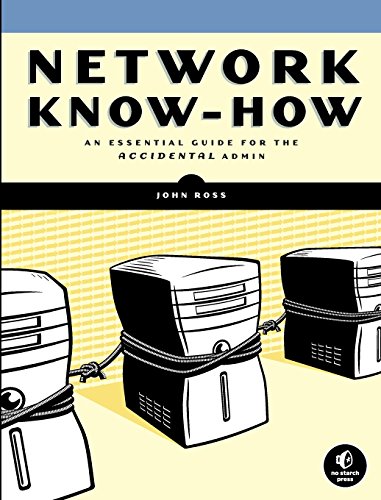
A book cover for Network Know-How: An Essential Guide for the Accidental Admin; John Ross; Computers & Technology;